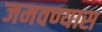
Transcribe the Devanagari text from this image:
जमवण्यास